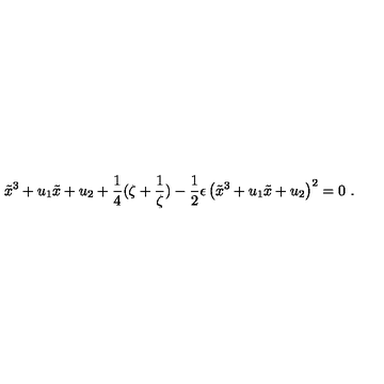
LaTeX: \tilde { x } ^ { 3 } + u _ { 1 } \tilde { x } + u _ { 2 } + \frac { 1 } { 4 } ( \zeta + \frac { 1 } { \zeta } ) - \frac { 1 } { 2 } \epsilon \left( \tilde { x } ^ { 3 } + u _ { 1 } \tilde { x } + u _ { 2 } \right) ^ { 2 } = 0 \ .